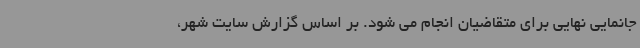
جانمایی نهایی برای متقاضیان انجام می شود. بر اساس گزارش سایت شهر،